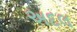
અદલ